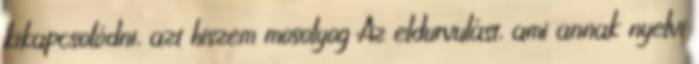
kikapcsolódni, azt hiszem mosolyog Az eldurvulást, ami annak nyelvi